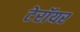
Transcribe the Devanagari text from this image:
टेरॉयर